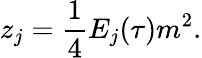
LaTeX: z_{j}={\frac{1}{4}}E_{j}(\tau)m^{2}.